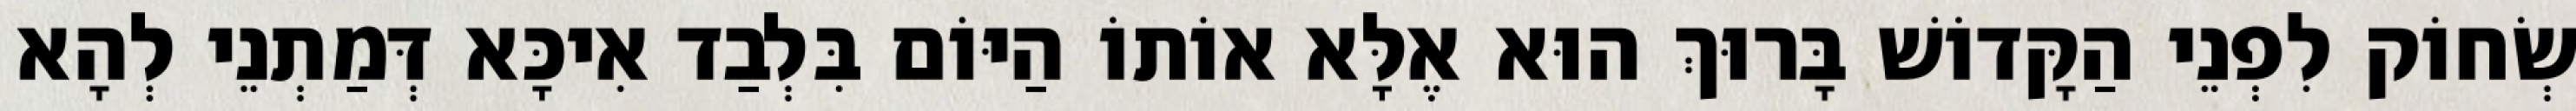
שְׂחוֹק לִפְנֵי הַקָּדוֹשׁ בָּרוּךְ הוּא אֶלָּא אוֹתוֹ הַיּוֹם בִּלְבַד אִיכָּא דְּמַתְנֵי לְהָא